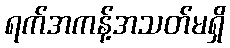
ရက်အကန့်အသတ်မရှိ